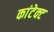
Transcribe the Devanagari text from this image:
कांटेक्‍ट